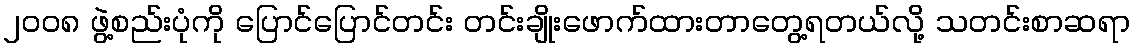
၂၀၀၈ ဖွဲ့စည်းပုံကို ပြောင်ပြောင်တင်း တင်းချိုးဖောက်ထားတာတွေ့ရတယ်လို့ သတင်းစာဆရာ